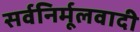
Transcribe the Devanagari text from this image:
सर्वनिर्मूलवादी